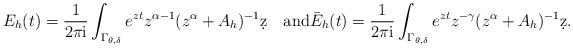
LaTeX: \begin{align*} E_h(t) = \frac{1}{2\pi\rm i} \int_{\Gamma_{\theta,\delta}} e^{zt}z^{\alpha-1}(z^\alpha+A_h)^{-1} \d z \quad\mbox{and}\bar E_h(t)= \frac{1}{2\pi\rm i} \int_{\Gamma_{\theta,\delta}} e^{zt}z^{-\gamma}(z^\alpha+A_h)^{-1} \d z.\end{align*}